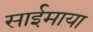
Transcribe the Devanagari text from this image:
साईमाया